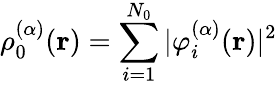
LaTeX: \rho_{0}^{(\alpha)}(\mathbf{r})=\sum_{i=1}^{N_{0}}|\varphi_{i}^{(\alpha)}(\mathbf{r})|^{2}